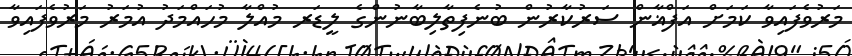
މަރުވެފައިވާ ކަމަށް އަފްޣާން ސަރުކާރުން ބުނެފިތާލިބާނުންގެ ލީޑަރ މުއްލާ މުހައްމަދު އުމަރު މަރުވެފައިވާ